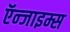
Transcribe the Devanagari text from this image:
ऍन्जाइम्स